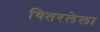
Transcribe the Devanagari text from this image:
वितरलेला